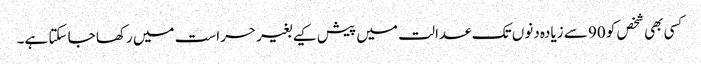
کسی بھی شخص کو 90 سے زیادہ دنوں تک عدالت میں پیش کیے بغیر حراست میں رکھا جا سکتا ہے۔